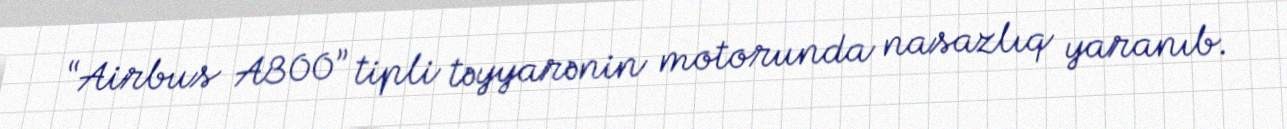
“Airbus A300” tipli təyyarənin motorunda nasazlıq yaranıb.